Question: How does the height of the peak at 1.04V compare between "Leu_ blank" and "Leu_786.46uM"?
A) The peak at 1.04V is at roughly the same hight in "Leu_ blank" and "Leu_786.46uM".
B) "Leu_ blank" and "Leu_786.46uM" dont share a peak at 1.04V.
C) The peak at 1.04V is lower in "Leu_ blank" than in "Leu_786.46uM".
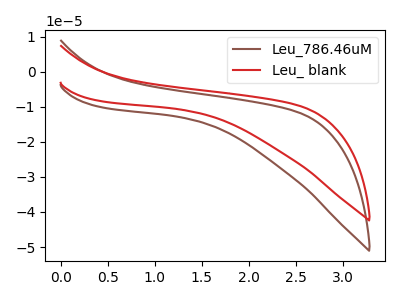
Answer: <think>The brown curve "Leu_786.46uM" has no peaks. The red curve "Leu_ blank" has no peaks.</think>
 <answer>B) "Leu_ blank" and "Leu_786.46uM" dont share a peak at 1.04V.</answer>
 <eval>B</eval>